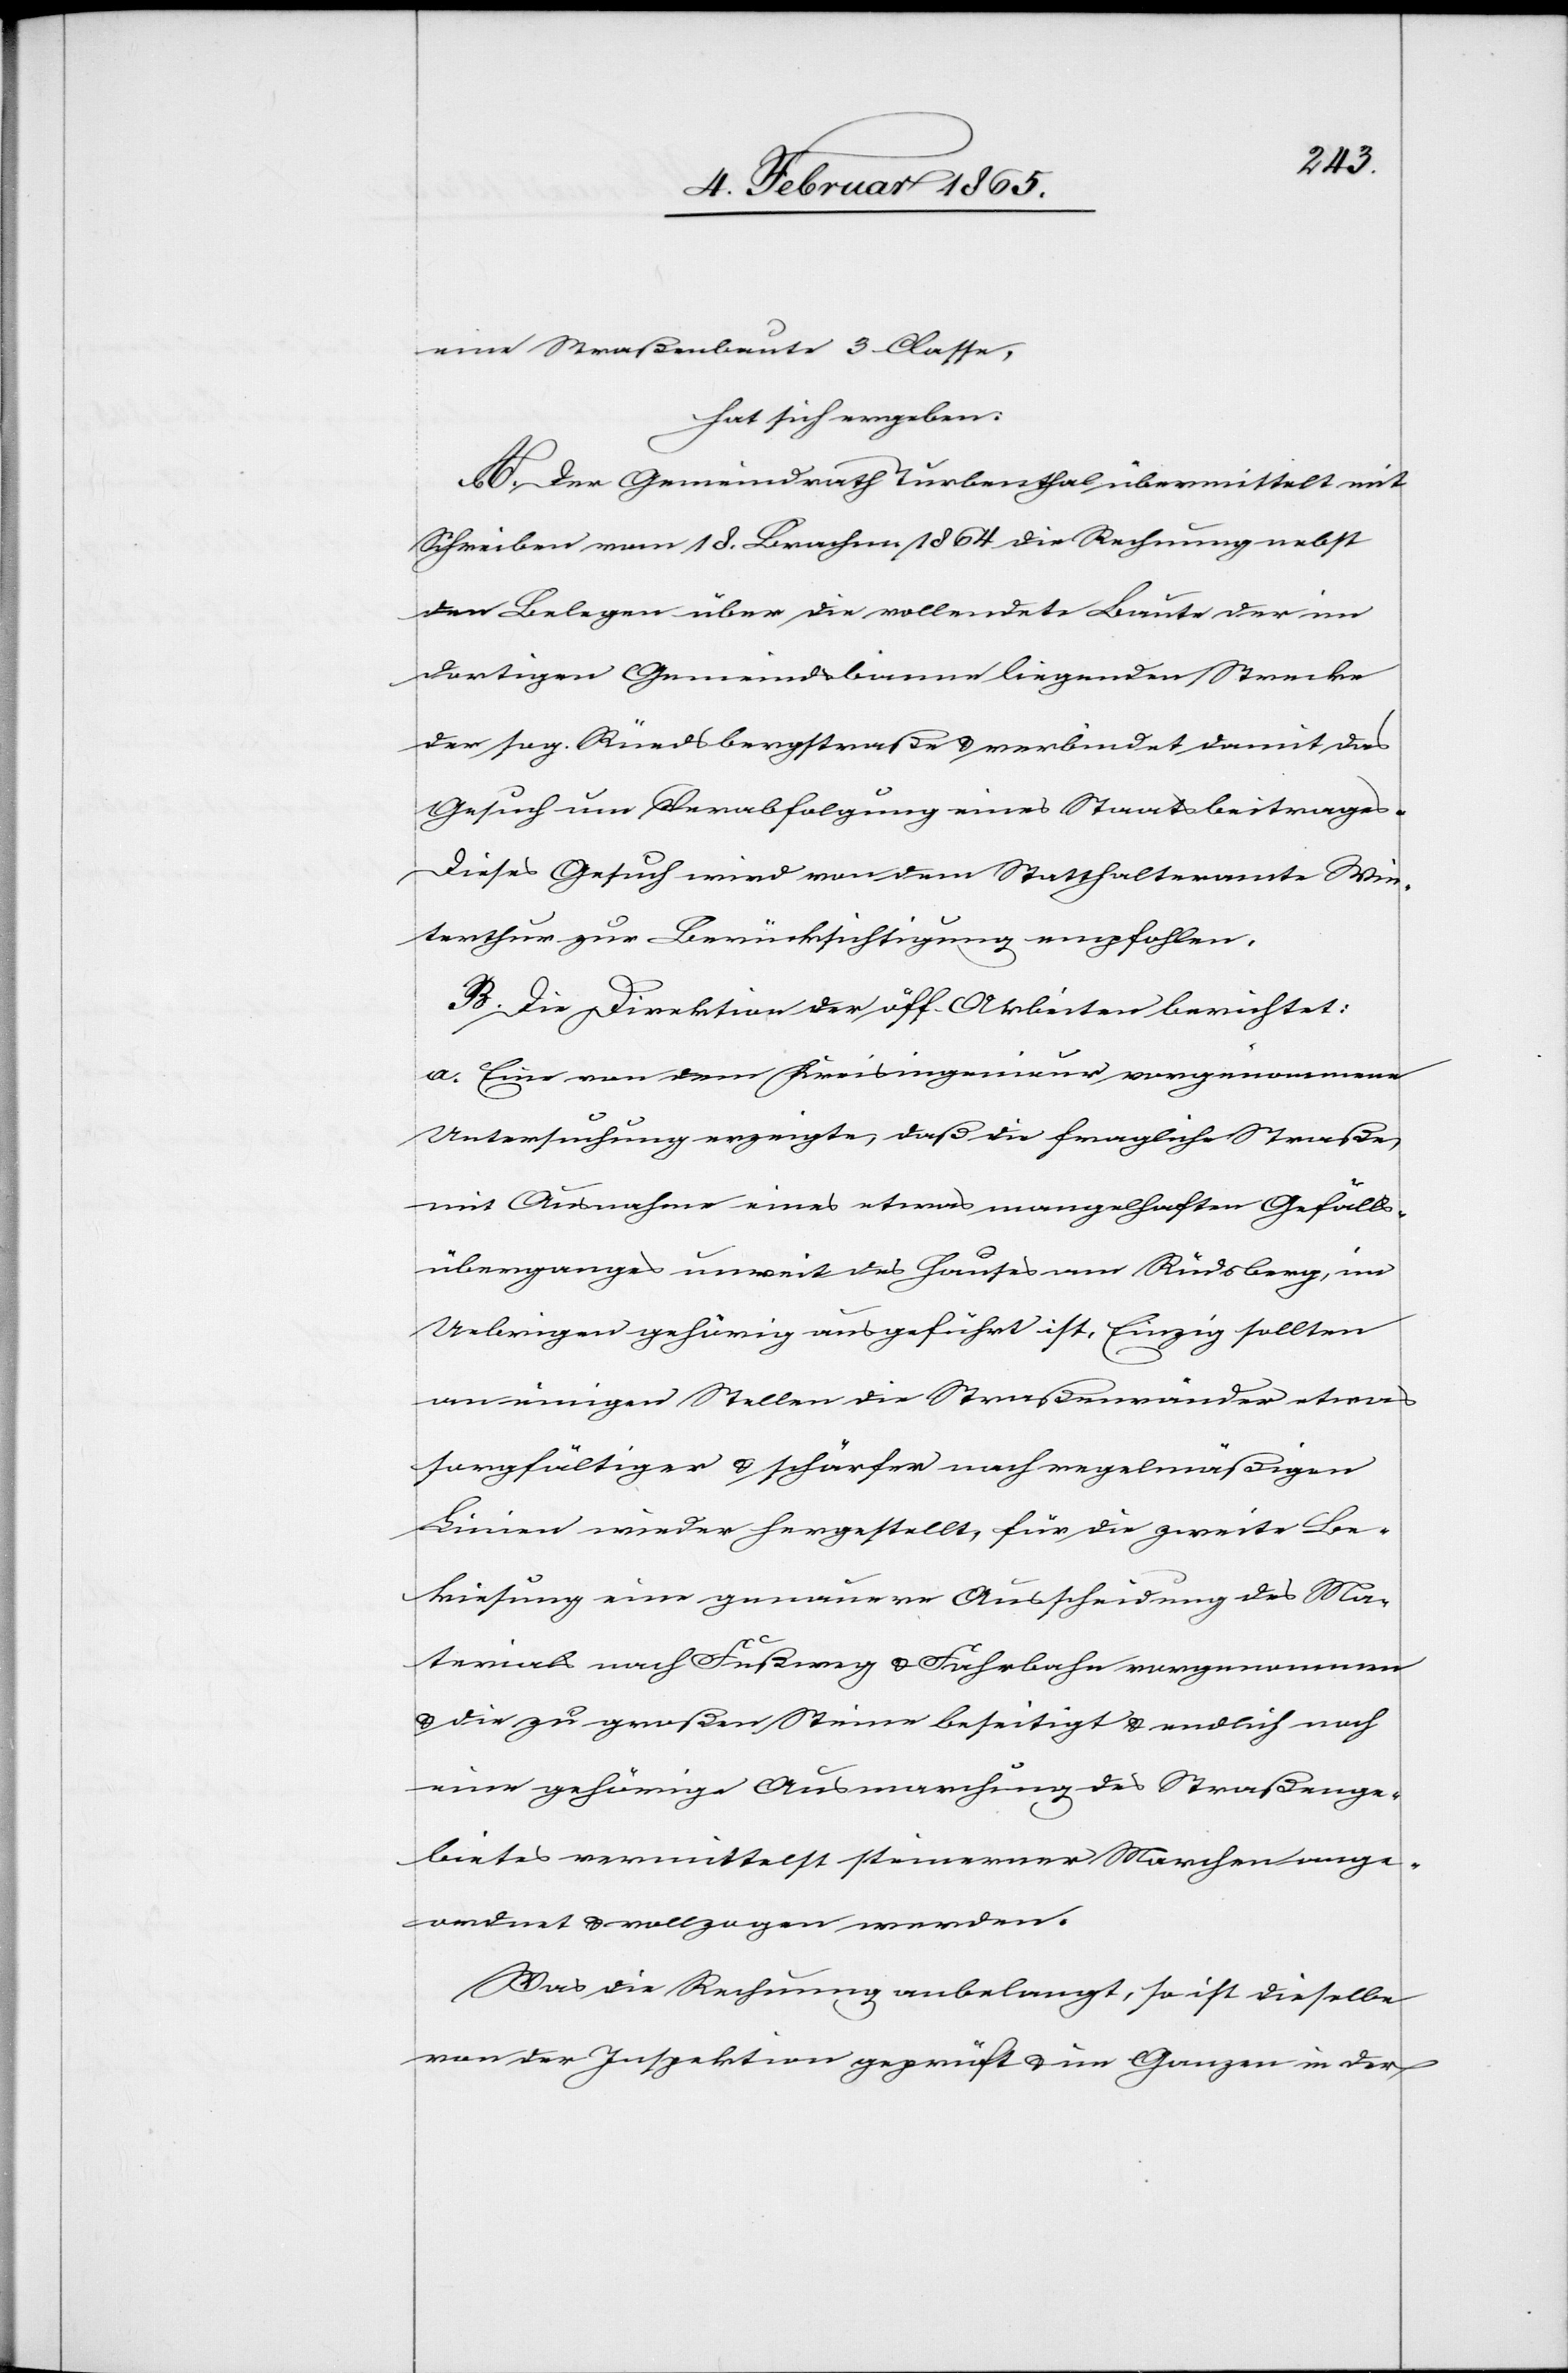
eine Straßenbaute 3 Classe,
hat sich ergeben:
A. Der Gemeindrath Turbenthal übermittelt mit
Schreiben vom 18. Brachm. 1864 die Rechnung nebst
den Belegen über die vollendete Baute der im
dortigen Gemeindsbanne liegenden Strecke
der sog. Rüedsbergstraße u. verbindet damit das
Gesuch um Verabfolgung eines Staatsbeitrages.
Dieses Gesuch wird von dem Statthalteramte Win¬
terthur zur Berücksichtigung empfohlen.
B. Die Direktion der öff. Arbeiten berichtet:
a. Eine von dem Kreisingenieur vorgenommene
Untersuchung erzeigte, daß die fragliche Straße,
mit Ausnahme eines etwas mangelhaften Gefälls¬
überganges unweit des Hauses am Rüdsberg, im
Uebrigen gehörig ausgeführt ist, Einzig sollten
an einigen Stellen die Straßenränder etwas
sorgfältiger u. schärfer nach regelmäßigen
Linien wieder hergestellt, für die zweite Be¬
kiesung eine genauere Ausscheidung des Ma¬
terials nach Fußweg u. Fahrbahn vorgenommen
u. die zu großen Steine beseitigt u. endlich noch
eine gehörige Ausmarchung des Straßenge¬
bietes vermittelst steinerner Marchen ange¬
ordnet u. vollzogen werden.
Was die Rechnung anbelangt, so ist dieselbe
von der Inspektion geprüft u. im Ganzen in der